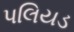
પલિયડ